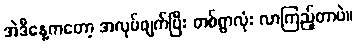
အဲဒီနေ့ကတော့ အလုပ်ဖျက်ပြီး တစ်ရွာလုံး လာကြည့်တာပဲ။